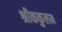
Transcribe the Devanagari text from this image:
श्रीककुलम